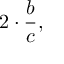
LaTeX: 2 \cdot { \frac { b } { c } } , \quad